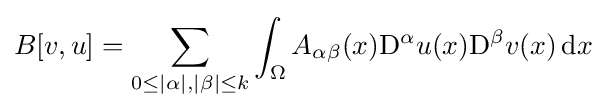
B[v,u]=\sum _{0\leq |\alpha |,|\beta |\leq k}\int _{\Omega }A_{\alpha \beta }(x)\mathrm {D} ^{\alpha }u(x)\mathrm {D} ^{\beta }v(x)\,\mathrm {d} x